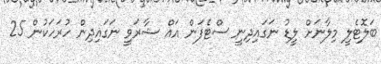
ބަލޮޓެލީ މިލާނަށް ލީޑު ނަގައިދިނީ ސްޓެފަން އައް ޝާރަވީ ނަގައިދިން ހުރަހަކުން 25